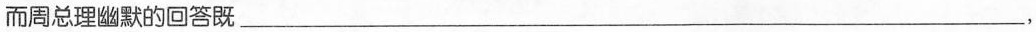
而周总理幽默的回答既___，